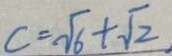
c = \sqrt { 6 } + \sqrt { 2 }